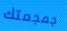
جمجمتك